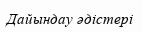
Дайындау әдістері